Lunatic asylums Punjab 1868-1880 - 1868-1880
Year: 1868
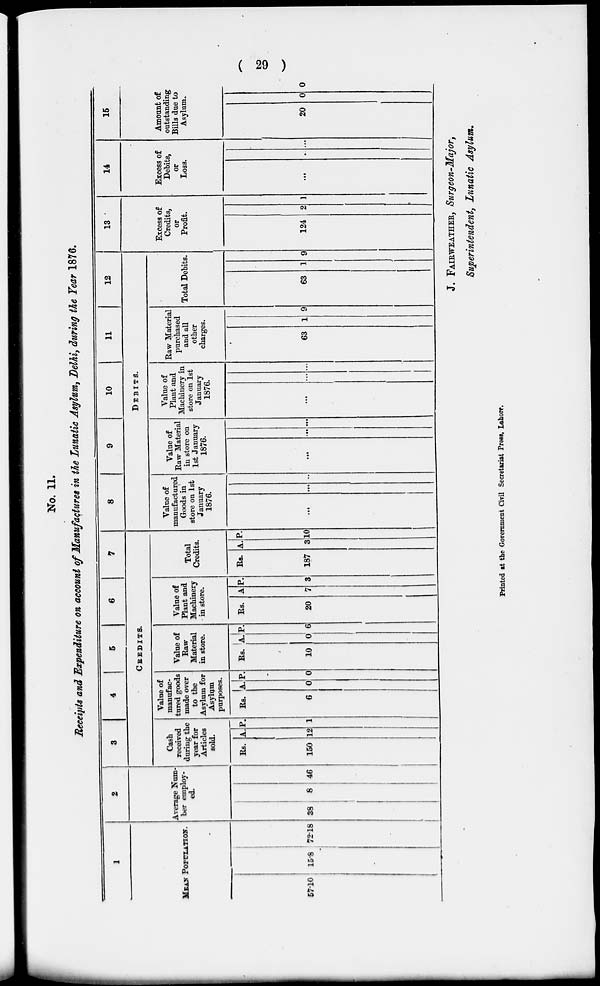
( 29 )
No. 11.
Receipts and Expenditure on account of Manufactures in the Lunatic Asylum, Delhi, during the Year 1876.
1
MEAN POPULATION.
57.10 15.8 72.18
2
Average Num-
ber employ-
ed.
38
8
46
3
4
5
6
7
CREDITS.
Cash
received
daring the
year for
Articles
sold.
Rs.
150
A.
12
P.
1
Value of
manufac-
tured goods
made over
to the
Asylum for
Asylum
purposes.
Rs.
6
A.
0
P.
0
Value of
Raw
Material
in store.
Rs.
10
A.
0
P.
6
Value of
Plant and
Machinery
in store.
Rs.
20
A
7
P.
3
Total
Credits.
Rs.
187
A.
3
P.
10
8
9
10
11
12
DEBITS.
Value of
manufactured
Goods in
store on 1st
January
1876.
...
...
...
Value of
Raw Material
in store on
1st January
1876.
...
... ...
Value of
Plant and
Machinery in
store on 1st
January
1876.
...
... ...
Raw Material
purchased
and all
other
charges.
63 1 9
Total Debits.
63 1 9
13
Excess of
Credits,
or
Profit.
124 2 1
14
Excess of
Debits,
or
Loss.
...
... ...
15
Amount of
outstanding
Bills due to
Asylum.
20 0 0
J. FAIRWEATHER, Surgeon-Major,
Superintendent, Lunatic Asylum.
Printed at the Government Civil Secretariat Press, Lahore.